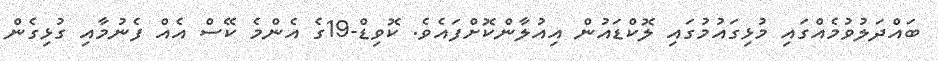
ބައްދަލުވުމެއްގައި މުޅިގައުމުގައި ލޮކްޑައުން އިއުލާންކޮށްފައެވެ. ކޮވިޑް-19ގެ އެންމެ ކޭސް އެއް ފެނުމާއި ގުޅިގެން